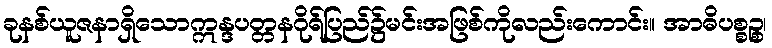
ခုနစ်ယူဇနာရှိသောဣန္ဒပတ္တနဂိုရ်ပြည်၌မင်းအဖြစ်ကိုလည်းကောင်း။ အာဓိပစ္စဉ္စ၊